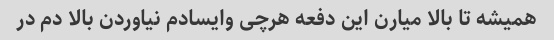
همیشه تا بالا میارن این دفعه هرچی وایسادم نیاوردن بالا دم در